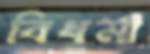
বিধর্মা